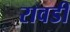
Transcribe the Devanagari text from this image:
रावडी